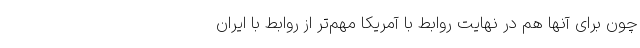
چون برای آنها هم در نهایت روابط با آمریکا مهم‌تر از روابط با ایران